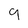
Character: 9